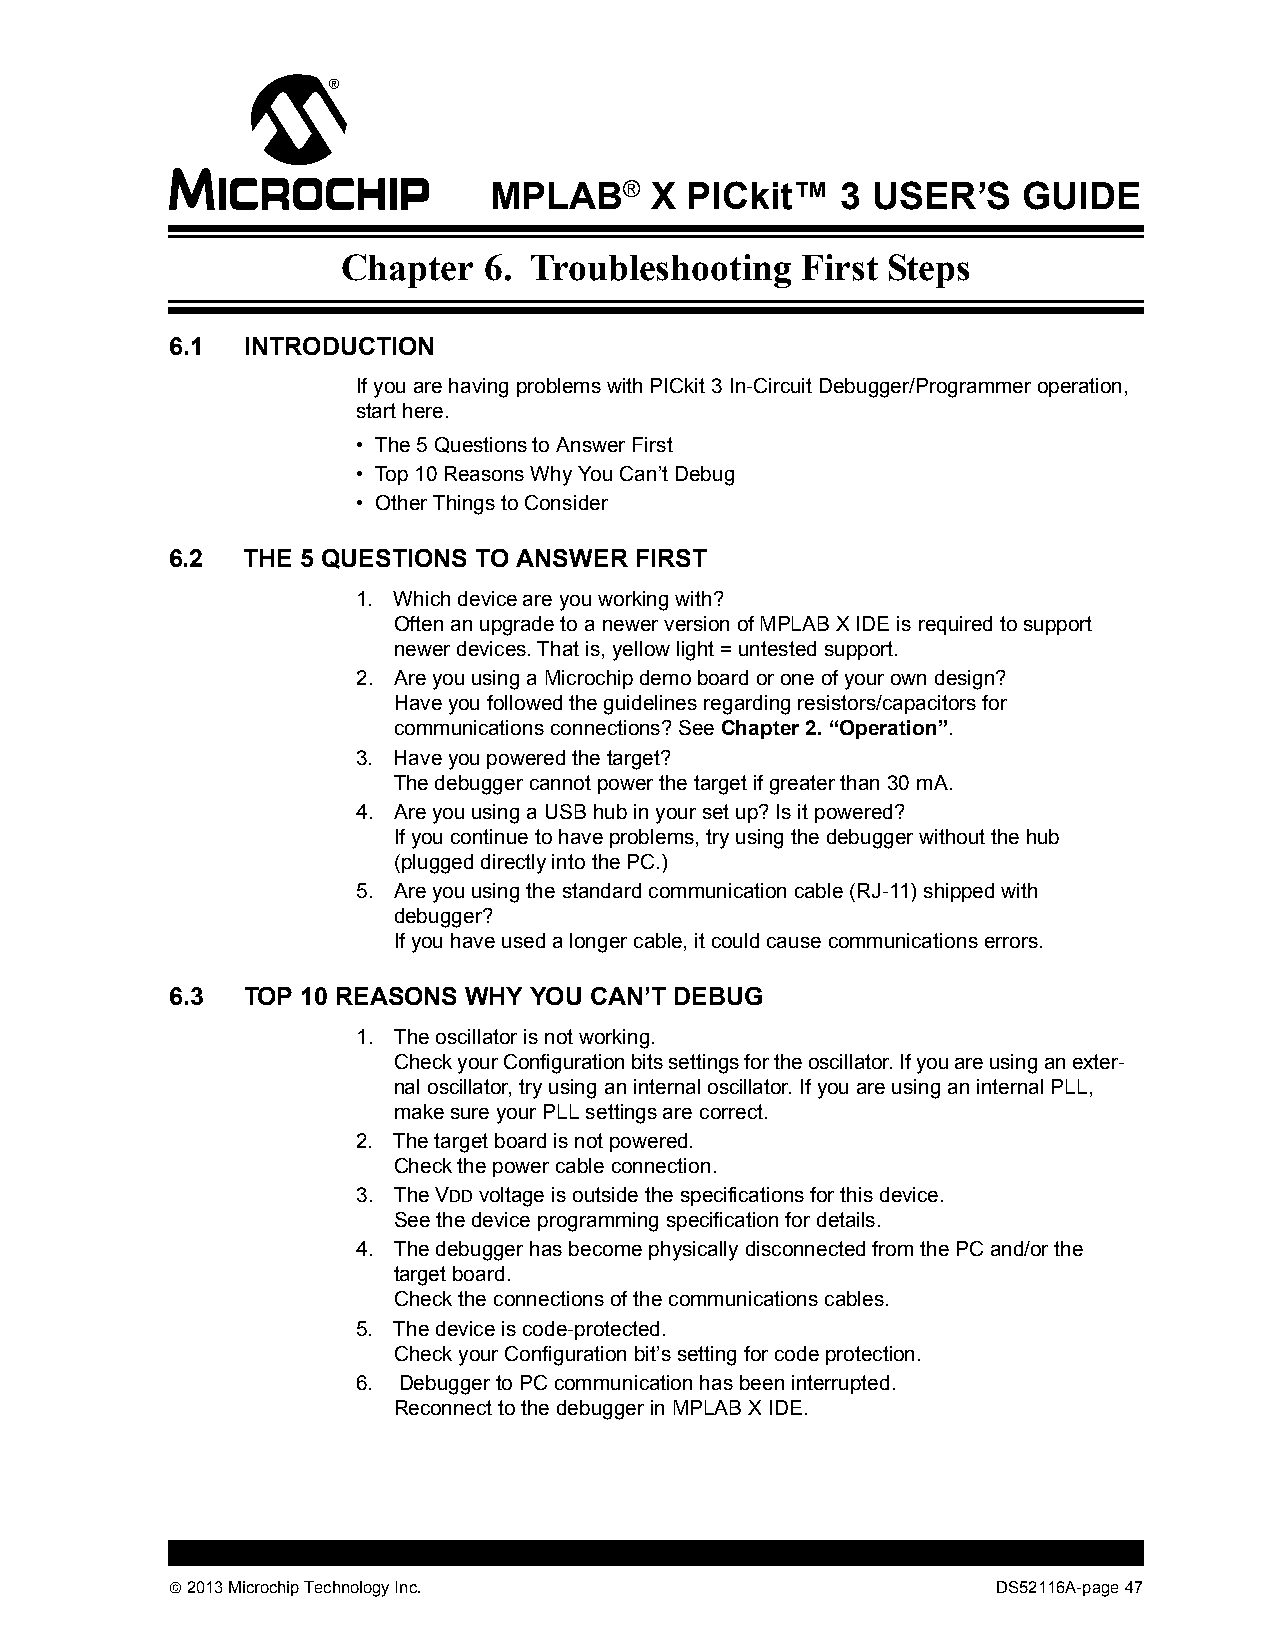
MPLAB®     X PICkit™    3 USER’S    GUIDE
 Chapter  6. Troubleshooting   First Steps
 6.1  INTRODUCTION
 If you are having problems with PICkit 3 In-Circuit Debugger/Programmer operation,
 start here.
 • The 5 Questions to Answer First
 • Top 10 Reasons Why You Can’t Debug
 • Other Things to Consider
 6.2  THE 5 QUESTIONS TO ANSWER FIRST
 1. Which device are you working with?
 Often an upgrade to a newer version of MPLAB X IDE is required to support
 newer devices. That is, yellow light = untested support.
 2. Are you using a Microchip demo board or one of your own design?
 Have you followed the guidelines regarding resistors/capacitors for
 communications connections? See Chapter 2.“Operation”.
 3. Have you powered the target?
 The debugger cannot power the target if greater than 30 mA.
 4. Are you using a USB hub in your set up? Is it powered?
 If you continue to have problems, try using the debugger without the hub
 (plugged directly into the PC.)
 5. Are you using the standard communication cable (RJ-11) shipped with
 debugger?
 If you have used a longer cable, it could cause communications errors.
 6.3  TOP 10 REASONS WHY YOU CAN’T DEBUG
 1. The oscillator is not working.
 Check your Configuration bits settings for the oscillator. If you are using an exter-
 nal oscillator, try using an internal oscillator. If you are using an internal PLL,
 make sure your PLL settings are correct.
 2. The target board is not powered.
 Check the power cable connection.
 3. The VDD voltage is outside the specifications for this device.
 See the device programming specification for details.
 4. The debugger has become physically disconnected from the PC and/or the
 target board.
 Check the connections of the communications cables.
 5. The device is code-protected.
 Check your Configuration bit’s setting for code protection.
 6. Debugger to PC communication has been interrupted.
 Reconnect to the debugger in MPLAB X IDE.
  2013 Microchip Technology Inc.                       DS52116A-page 47